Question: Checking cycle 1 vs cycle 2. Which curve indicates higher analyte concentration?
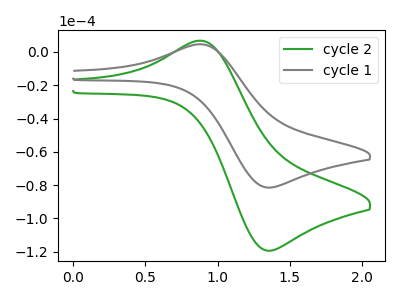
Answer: <think>The green curve "cycle 2" has an anodic peak at (0.90V, 6.65uA) and a cathodic peak at (1.35V, -119.40uA). The gray curve "cycle 1" has an anodic peak at (0.90V, 4.55uA) and a cathodic peak at (1.35V, -81.50uA).
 All the peaks in "cycle 1" have a peak in "cycle 2" at the same potential. Every peak in "cycle 1" is lower than every peak in "cycle 2".</think>
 <answer>"cycle 1" has less signal than "cycle 2" and so likely has a lower concentration.</answer>
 <eval>less_concentration</eval>